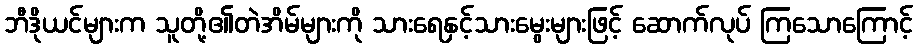
ဘီဒိုယင်များက သူတို့၏တဲအိမ်များကို သားရေနှင့်သားမွေးများဖြင့် ဆောက်လုပ် ကြသောကြောင့်